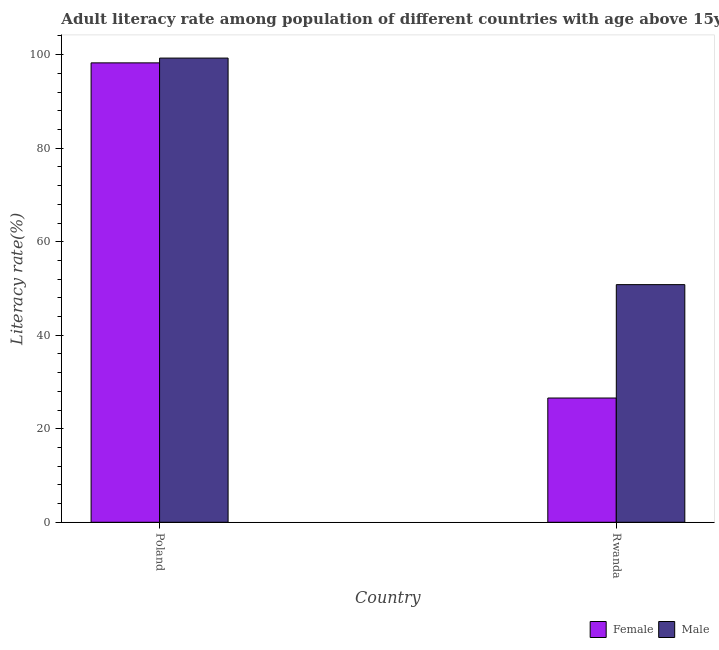
| Country | Female | Male |
 | --- | --- | --- |
 | Poland | 98.3 | 99.3 |
 | Rwanda | 26.6 | 50.8 |